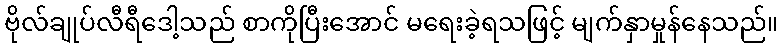
ဗိုလ်ချုပ်လီရီဒေါ့သည် စာကိုပြီးအောင် မရေးခဲ့ရသဖြင့် မျက်နှာမှုန်နေသည်။